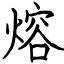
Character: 熔